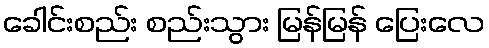
ခေါင်းစည်း စည်းသွား မြန်မြန် ပြေးလေ